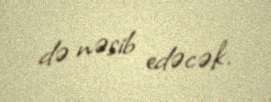
də nəsib edəcək.